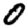
Digit: 0